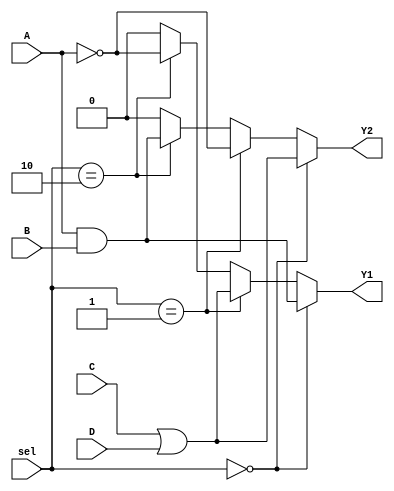
module CLB (
    input wire A,      // Input A
    input wire B,      // Input B
    input wire C,      // Input C
    input wire D,      // Input D
    input wire [1:0] sel, // Select signal for function configuration
    output wire Y1,    // Output Y1
    output wire Y2     // Output Y2
);

// Internal signals for intermediate logic
wire and_out;
wire or_out;
wire not_out;

// Logic Element Configurations
// AND gate
assign and_out = A & B;

// OR gate
assign or_out = C | D;

// NOT gate
assign not_out = ~A;

// Output Logic based on selection
assign Y1 = (sel == 2'b00) ? and_out : // Output from AND gate
            (sel == 2'b01) ? or_out :  // Output from OR gate
            (sel == 2'b10) ? not_out :  // Output from NOT gate
            1'b0;                       // Default case

assign Y2 = (sel == 2'b00) ? or_out :  // Output from OR gate
            (sel == 2'b01) ? not_out :  // Output from NOT gate
            (sel == 2'b10) ? and_out :  // Output from AND gate
            1'b0;                       // Default case

endmodule